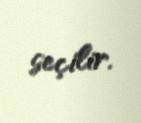
seçilir.